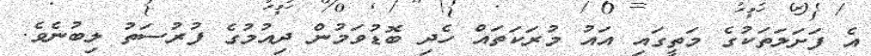
އެ ފަށަލަތަކުގެ މަތީގައި އައު މުރަކަތައް ހެދި ބޮޑުވަމުން ދިއުމުގެ ފުރުސަތު ލިބުނެވެ.